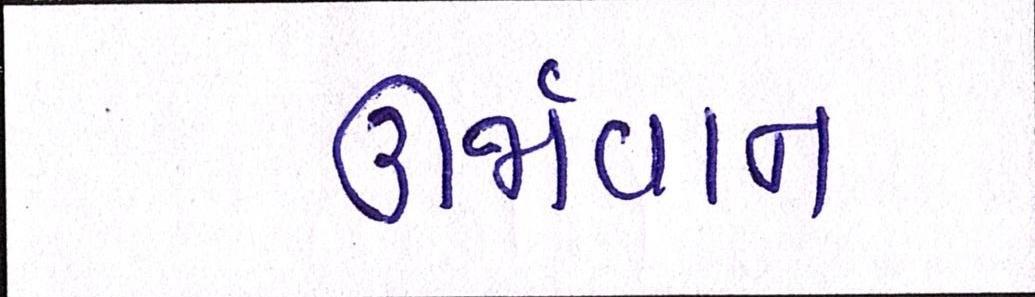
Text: ઊર્જાવાન